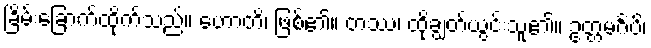
ခြိမ်းခြောက်ထိုက်သည်။ ဟောတိ၊ ဖြစ်၏။ တဿ၊ ထိုချွတ်ယွင်းသူ၏။ ဥတ္တမင်္ဂံပိ၊